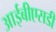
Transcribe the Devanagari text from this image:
आईबीएसडी